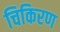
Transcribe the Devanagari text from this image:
चिकिरण